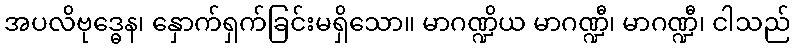
အပလိဗုဒ္ဓေန၊ နှောက်ရှက်ခြင်းမရှိသော။ မာဂဏ္ဍိယ မာဂဏ္ဍီ၊ မာဂဏ္ဍီ၊ ငါသည်